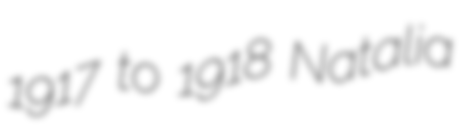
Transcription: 1917 to 1918 Natalia